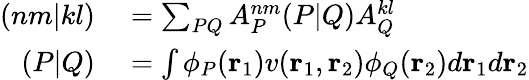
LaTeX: \begin{array}{rl}{(nm|kl)}&{{}=\sum_{PQ}A_{P}^{nm}(P|Q)A_{Q}^{kl}}\\ {(P|Q)}&{{}=\int\phi_{P}(\mathbf{r}_{1})v(\mathbf{r}_{1},\mathbf{r}_{2})\phi_{Q}(\mathbf{r}_{2})d\mathbf{r}_{1}d\mathbf{r}_{2}}\end{array}